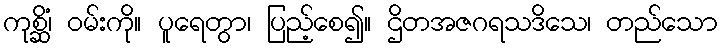
ကုစ္ဆိံ၊ ဝမ်းကို။ ပူရေတွာ၊ ပြည့်စေ၍။ ဌိတအဇဂရသဒိသေ၊ တည်သော